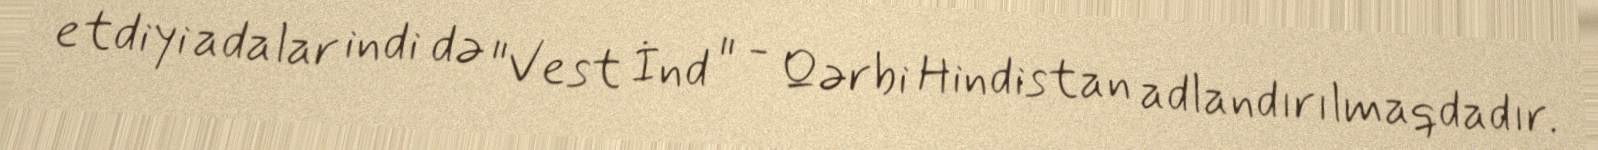
etdiyi adalar indi də "Vest İnd " - Qərbi Hindistan adlandırılmaqdadır.